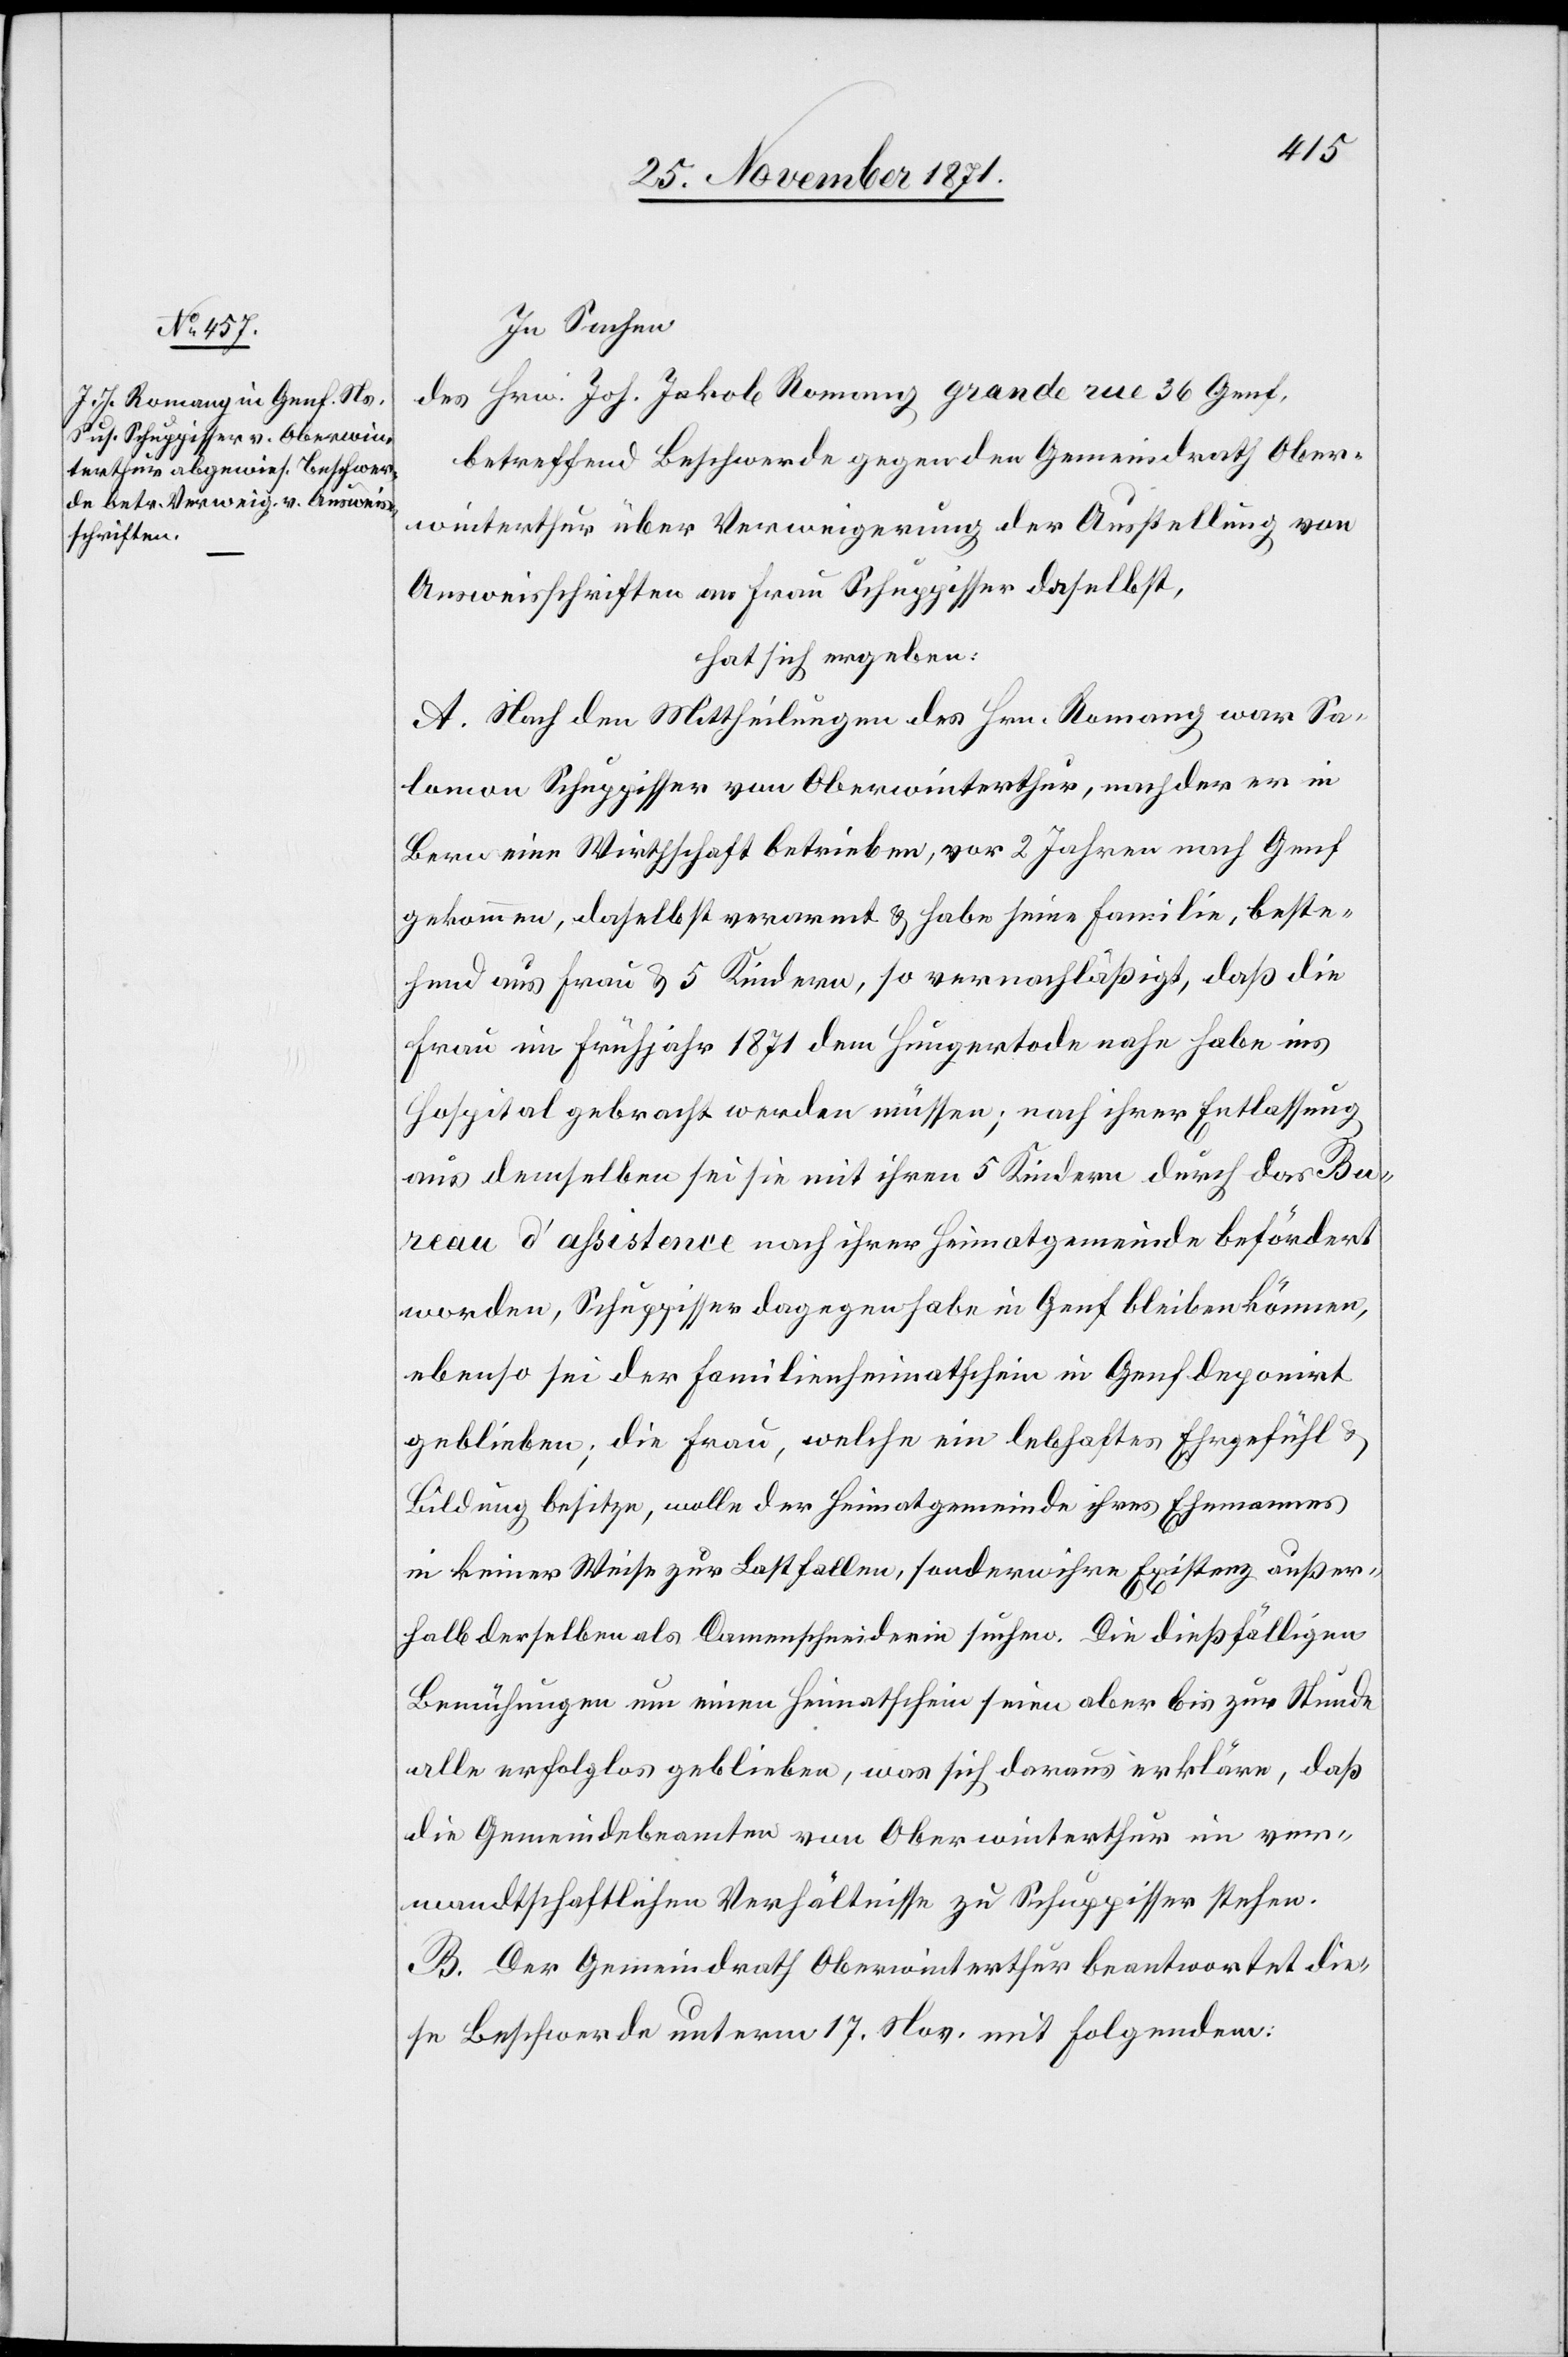
In Sachen
des Hrn. Joh. Jakob Romang[,] grande rue 36 Genf,
betreffend Beschwerde gegen den Gemeindrath Ober¬
winterthur über Verweigerung der Ausstellung von
Ausweisschriften an Frau Schuppisser daselbst,
hat sich ergeben:
A. Nach den Mittheilungen des Hrn. Romang war Sa¬
lomon Schuppisser von Oberwinterthur, nachdem er in
Bern eine Wirthschaft betrieben, vor 2 Jahren nach Genf
gekommen, daselbst verarmt & habe seine Familie, beste¬
hend aus Frau & 5 Kindern, so vernachlässigt, daß die
Frau im Frühjahr 1871 dem Hungertode nahe habe ins
Hospital gebracht werden müssen, nach ihrer Entlassung
aus demselben sei sie mit ihren 5 Kindern durch das Bur¬
eau d’assistance nach ihrer Heimatgemeinde befördert
worden, Schuppisser dagegen habe in Genf bleiben können,
ebenso sei der Familienheimatschein in Genf deponirt
geblieben; die Frau, welche ein lebhaftes Ehrgefühl &
Bildung besitze, wolle der Heimatgemeinde ihres Ehemannes
in keiner Weise zur Last fallen, sondern ihre Existtenz außer¬
halb derselben als Damenschneiderin suchen. Die dießfälligen
Bemühungen um einen Heimatschein seien aber bis zur Stunde
alle erfolglos geblieben, was sich daraus erkläre, daß
die Gemeindebeamten von Oberwinterthur im vor¬
mundschaftlichen Verhältnisse zu Schuppisser stehen.
B. Der Gemeindrath Oberwinterthur beantwortet die¬
se Beschwerde unterm 17. Nov. mit Folgendem: